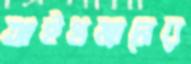
আইখম্যানের